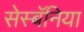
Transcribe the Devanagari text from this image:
सेस्बॅनिया